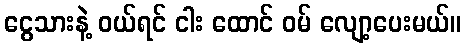
ငွေသားနဲ့ ဝယ်ရင် ငါး ထောင် ဝမ် လျော့ပေးမယ်။